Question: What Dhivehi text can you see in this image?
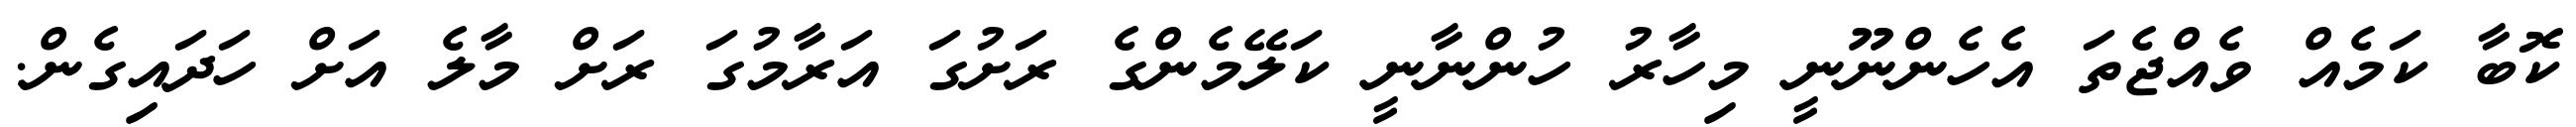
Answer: ކޮބާ ކަމެއް ވެއްޖެތަ އެހެންނޫނީ މިހާރު ހުންނާނީ ކަލޭމެންގެ ރަށުގަ އަރާމުގަ ރަށް މާލެ އަށް ހަދައިގެން.